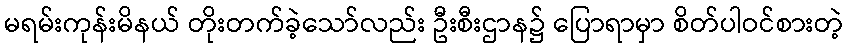
မရမ်းကုန်းမိနယ် တိုးတက်ခဲ့သော်လည်း ဦးစီးဌာန၌ ပြောရာမှာ စိတ်ပါဝင်စားတဲ့